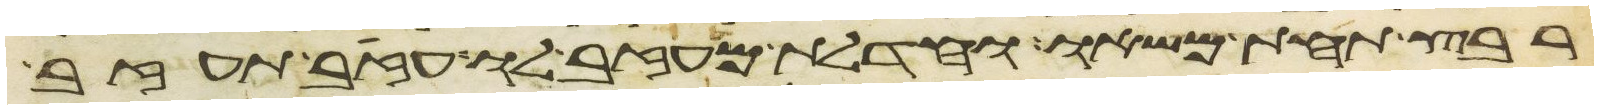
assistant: רבץ תחת משאו וחדלת מעזב לו עזב תעזב